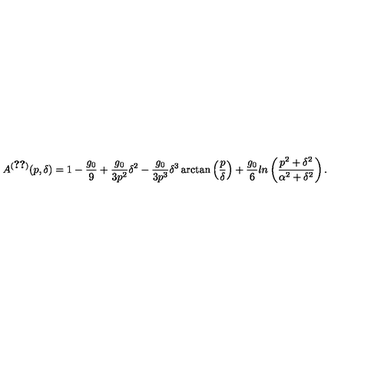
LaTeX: A ^ { ( \ref { s d i r } ) } ( p , \delta ) = 1 - \frac { g _ { 0 } } { 9 } + \frac { g _ { 0 } } { 3 p ^ { 2 } } \delta ^ { 2 } - \frac { g _ { 0 } } { 3 p ^ { 3 } } \delta ^ { 3 } \arctan \left( \frac { p } { \delta } \right) + \frac { g _ { 0 } } { 6 } l n \left( \frac { p ^ { 2 } + \delta ^ { 2 } } { \alpha ^ { 2 } + \delta ^ { 2 } } \right) .